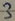
Text: 3